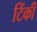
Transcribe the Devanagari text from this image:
टिंकी